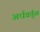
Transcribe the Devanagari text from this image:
अर्धवर्तुळ